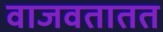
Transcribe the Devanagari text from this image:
वाजवतातत